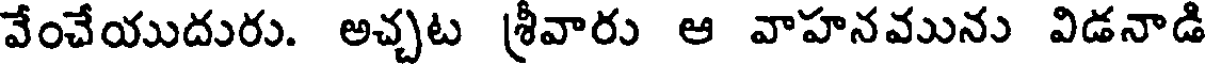
వేంచేయుదురు. అచ్చట శ్రీవారు ఆ వాహనమును విడనాడి